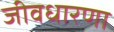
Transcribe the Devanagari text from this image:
जीवधारणा